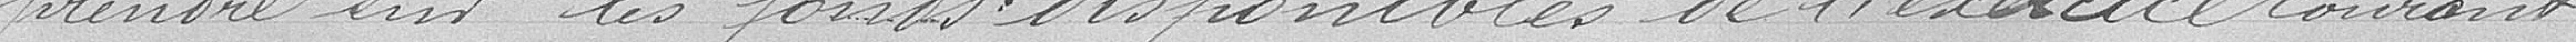
prendre sur les fonds disponibles de l'exercice courant.